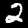
Digit: 2